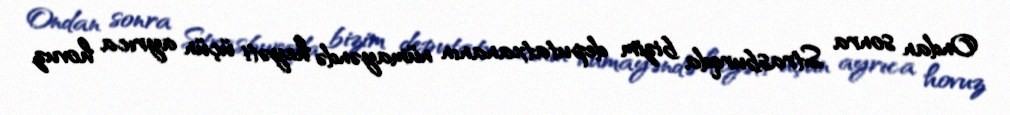
Ondan sonra Strasburqda bizim deputatxananın nümayəndə heyəti üçün ayrıca hovuz